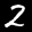
Label: 2